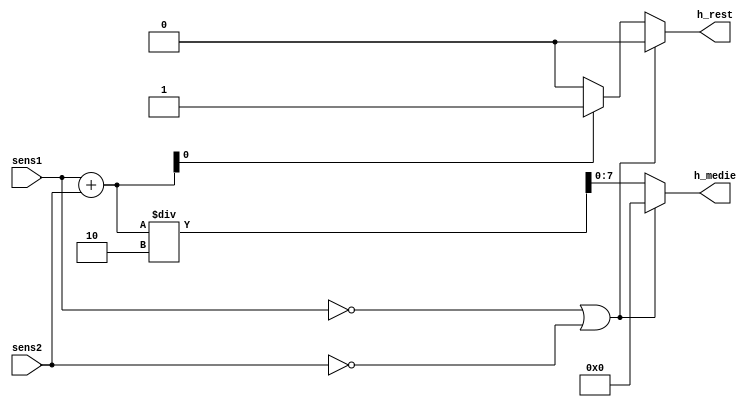
`timescale 1ns / 1ps
//////////////////////////////////////////////////////////////////////////////////
// Company: 
// Engineer: 
// 
// Design Name: 
// Module Name:    sensor_input 
// Project Name: 
// Target Devices: 
// Tool versions: 
// Description: 
//
// Dependencies: 
//
// Revision: 
// Revision 0.01 - File Created
// Additional Comments: 
//
//////////////////////////////////////////////////////////////////////////////////
module media_2(
	output reg [7:0] h_medie,
	output reg h_rest,
	input [7:0] sens1,
	input [7:0] sens2);
	
	reg [8:0] sum;
		
	always @(*) begin
		if (sens1 == 0 || sens2 == 0) begin
			sum = 0;			// conditia daca un senzor este = 0 
			h_medie = 0;
			h_rest = 0;
		end else begin
			sum = sens1 + sens2;
			h_medie = sum/2;   
		
			if (sum[0] == 1)    //daca ultimul bit este 1 este numar impar
				h_rest = 1;  	  //=> are rest
			else 
				h_rest = 0;
		end
			
	end
endmodule


module media_4(
	output reg [7 : 0] h,
   input    [7 : 0]   s1,
   input    [7 : 0]   s2,
   input    [7 : 0]   s3,
   input    [7 : 0]   s4);
	
	wire [7 : 0]   h1;
	wire [7 : 0]   h2;
	wire [8 : 0]   sum;
	
	media_2 M1 (h1, h1_rest, s1, s3); 
	media_2 M2 (h2, h2_rest, s2, s4);
	
	assign sum = h1 + h2;
	
	always @(*) begin
		if (h1 != 0 && h2 != 0) begin 				 
			if (h1_rest == 1 && h2_rest == 1) begin //daca ambele medii au rest => 0.5 + 0.5 = 1
				h = sum/2 + 1;						 		 //1/2 = 0.5 => se aduna 1 pentru aproximare
			end else if (h1_rest == 0 && h2_rest == 0) begin
				if (sum[0] == 1)							 //se verifica daca suma celor 2 medii este impara
					h = sum/2 + 1;							 //daca da aproximam 0.5 (restul impartirii) -> 1
				else h = sum/2;
			end else if (h1_rest == 1 || h2_rest == 1) begin
				if (sum[0] == 1)							
					h = sum/2 + 1;
				else h = sum/2;				//daca avem doar un rest 0.25 -> 0
			end
		end else if (h1 == 0) begin  
			if (h2_rest == 0) begin
				h = h2;					 		
			end else begin
				h = h2 + 1;				 		//daca exista rest => adunam un 1 pentru a aproxima 0.5 de la rest
			end
		end else begin 
			if (h1_rest == 0) begin
				h = h1;
			end else begin 
				h = h1 + 1;
			end
		end
	end
endmodule	
	

module sensors_input(
   output   [7 : 0]   height,
   input    [7 : 0]   sensor1,
   input    [7 : 0]   sensor2,
   input    [7 : 0]   sensor3,
   input    [7 : 0]   sensor4);
	
	media_4 M4(height, sensor1, sensor2, sensor3, sensor4);

endmodule